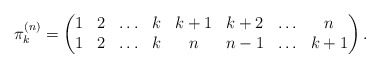
\begin{gather*}\pi_{k}^{(n)}= \begin{pmatrix} 1& 2& \ldots& k& k+1& k+2&\ldots& n \\1& 2& \ldots& k& n& {n-1}& \ldots& k+1 \end{pmatrix}.\end{gather*}